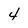
Character: 4